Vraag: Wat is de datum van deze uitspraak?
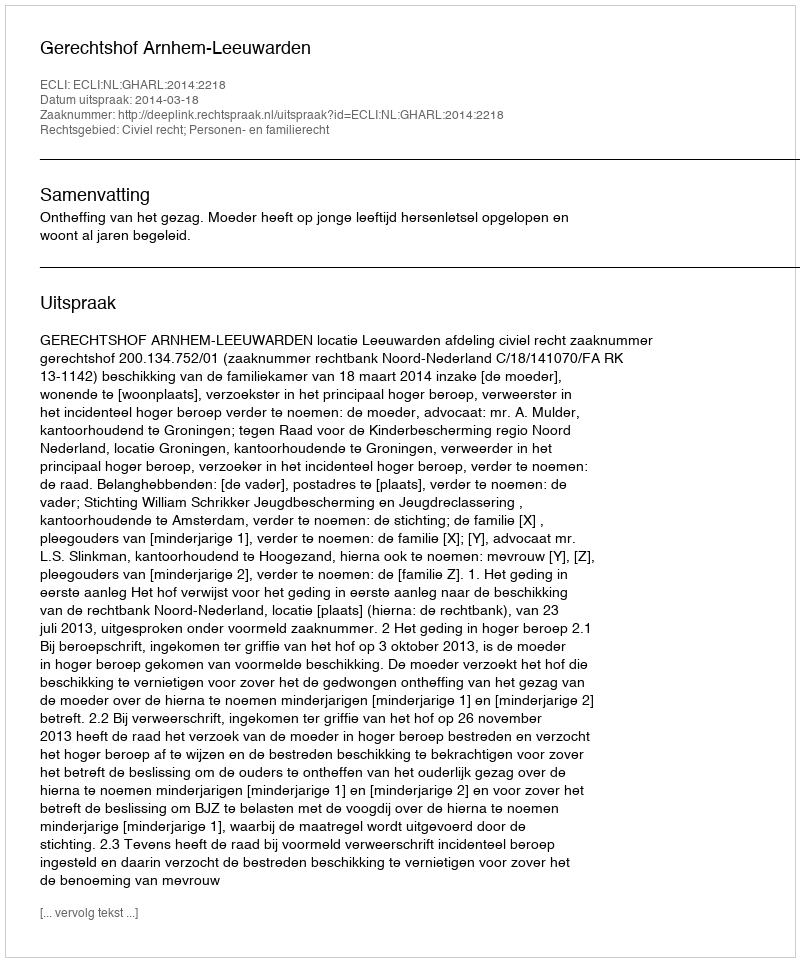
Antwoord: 2014-03-18